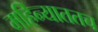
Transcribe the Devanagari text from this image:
महिन्याततच